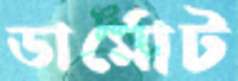
ডার্মোট